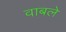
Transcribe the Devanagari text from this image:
वाबले